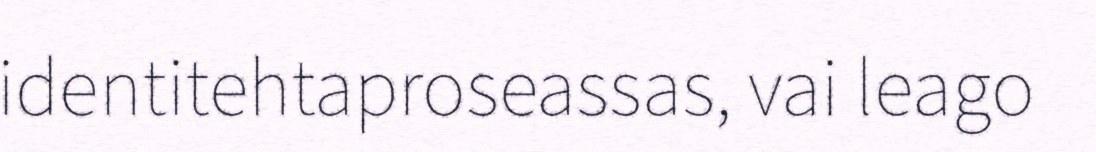
identitehtaproseassas, vai leago